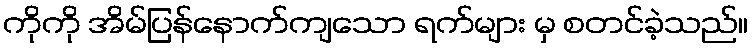
ကိုကို အိမ်ပြန်နောက်ကျသော ရက်များ မှ စတင်ခဲ့သည်။